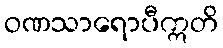
ဝဏသာရောပီဣတိ